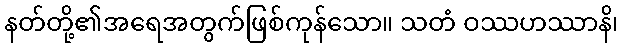
နတ်တို့၏အရေအတွက်ဖြစ်ကုန်သော။ သတံ ဝဿဟဿာနိ၊